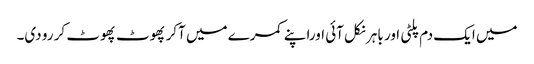
میں ایک دم پلٹی اور باہر نکل آئی اوراپنے کمرے میں آکر پھوٹ پھوٹ کر رو دی۔